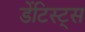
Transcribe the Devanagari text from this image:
डेंटिस्ट्स